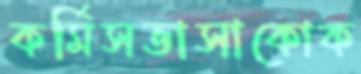
কর্মিসভাসাকোক